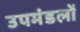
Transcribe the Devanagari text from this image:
उपमंडलों